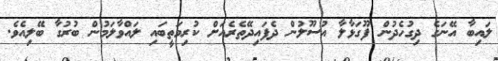
ލައިބާ އޭނަގެ ދިގުހެދުން ފޫގަޅާލާ އުސޫލުން ދެފައިދޭތެރެއަށް ކުރިމަތީބައި ލައްވާލަމުން ބުރުގާ ބޭލިއެވެ.